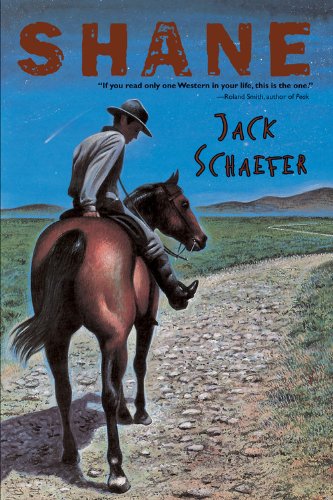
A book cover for Shane; Jack Schaefer; Teen & Young Adult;